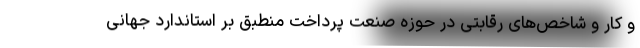
و کار و شاخص‌های رقابتی در حوزه صنعت پرداخت منطبق بر استاندارد جهانی